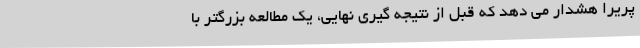
پریرا هشدار می دهد که قبل از نتیجه گیری نهایی، یک مطالعه بزرگتر با